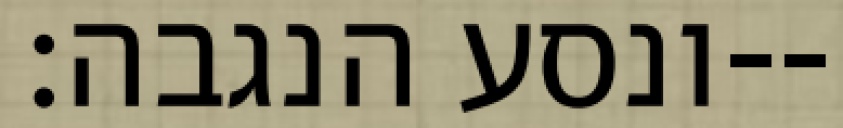
ונסע הנגבה׃--